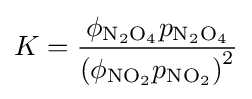
K={\frac {\phi _{\mathrm {N_{2}O_{4}} }p_{\mathrm {N_{2}O_{4}} }}{\left(\phi _{\mathrm {NO_{2}} }p_{\mathrm {NO_{2}} }\right)^{2}}}